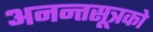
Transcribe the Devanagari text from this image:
अनन्तसूत्रको